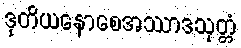
ဒုတိယနောစေအဿာဒသုတ္တံ